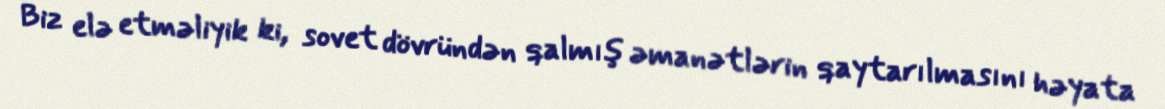
Biz elə etməliyik ki, sovet dövründən qalmış əmanətlərin qaytarılmasını həyata